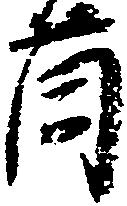
薗